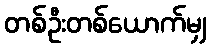
တစ်ဦးတစ်ယောက်မျှ